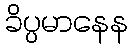
ခိပ္ပမာနေန